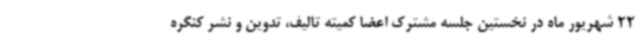
22 شهریور ماه در نخستین جلسه مشترک اعضا کمیته تالیف، تدوین و نشر کنگره